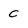
Character: c